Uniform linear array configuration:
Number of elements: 16
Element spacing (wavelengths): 0.25
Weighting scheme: hamming
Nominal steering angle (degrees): -15
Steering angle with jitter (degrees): -14.47
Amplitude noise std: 0.05
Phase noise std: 0.05

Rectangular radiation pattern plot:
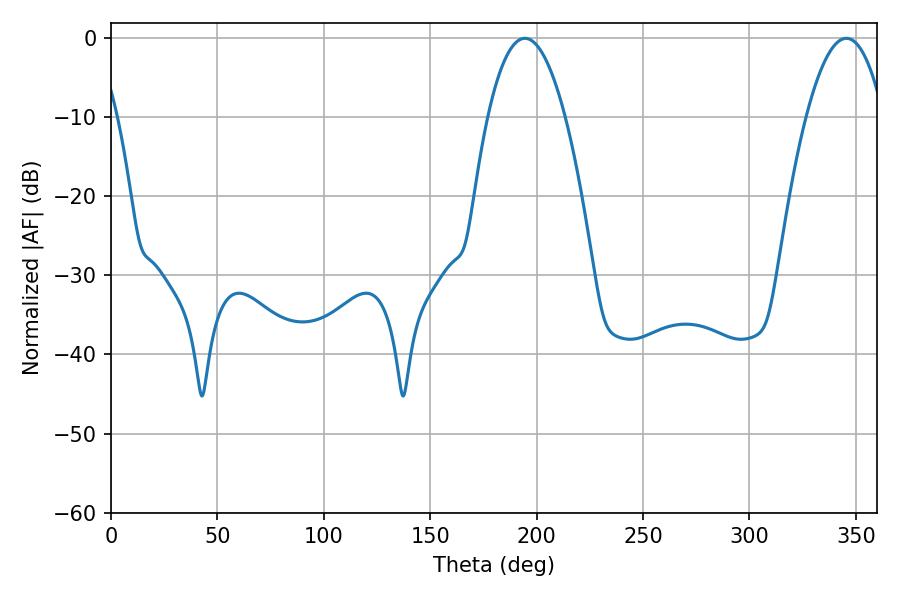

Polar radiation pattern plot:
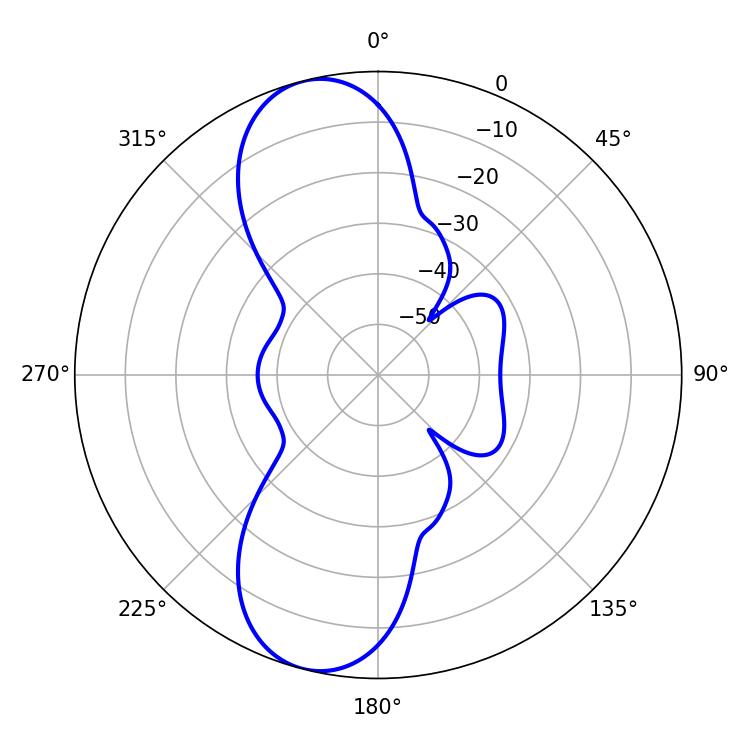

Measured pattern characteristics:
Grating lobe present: FALSE
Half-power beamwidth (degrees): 20.16
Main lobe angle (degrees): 194.4